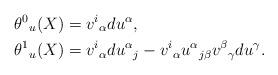
LaTeX: \begin{align*}\theta^0{}_u(X)&=v^i{}_\alpha du^\alpha,\\*\theta^1{}_u(X)&=v^i{}_\alpha du^\alpha{}_j-v^i{}_\alpha u^\alpha{}_{j\beta}v^\beta{}_\gamma du^\gamma.\end{align*}